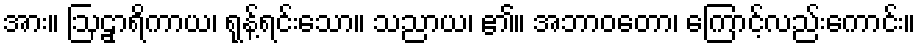
အား။ ဩဠှာရိကာယ၊ ရုန့်ရင်းသော။ သညာယ၊ ၏။ အဘာဝတော၊ ကြောင့်လည်းကောင်း။